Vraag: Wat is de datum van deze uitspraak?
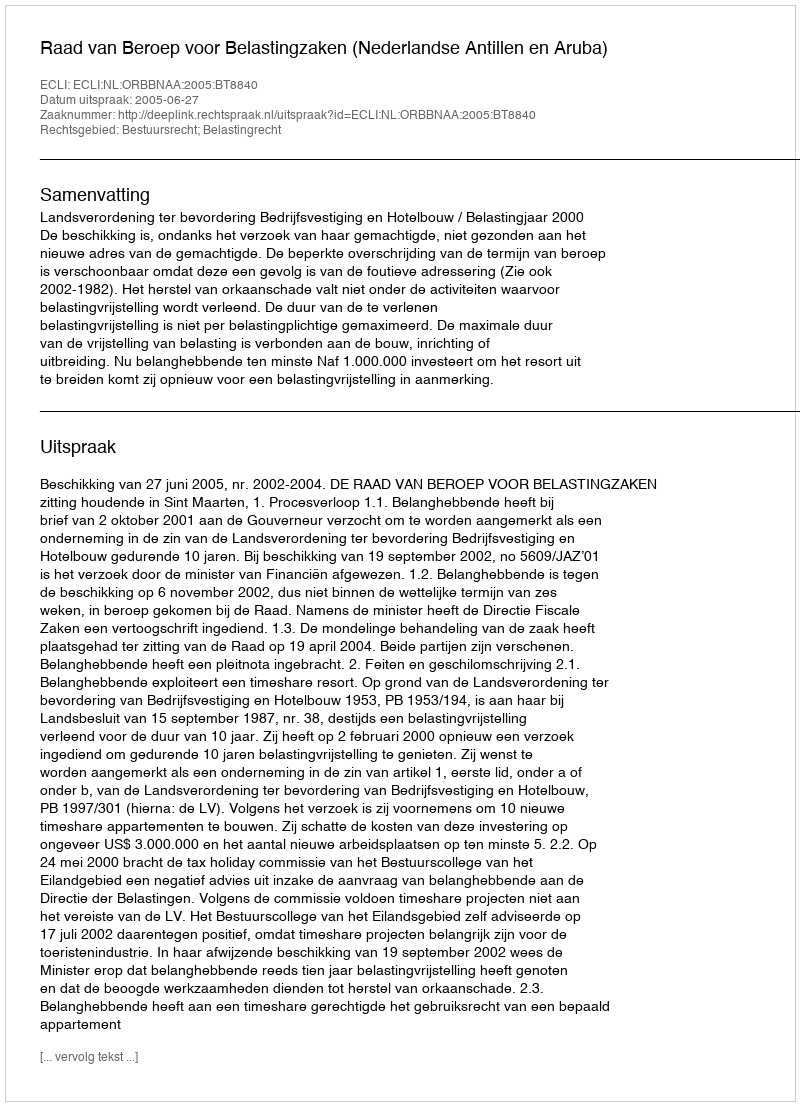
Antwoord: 2005-06-27